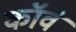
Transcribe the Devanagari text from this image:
कॉवे